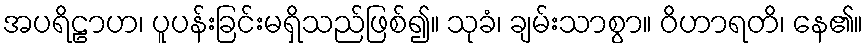
အပရိဠာဟ၊ ပူပန်းခြင်းမရှိသည်ဖြစ်၍။ သုခံ၊ ချမ်းသာစွာ။ ဝိဟာရတိ၊ နေ၏။